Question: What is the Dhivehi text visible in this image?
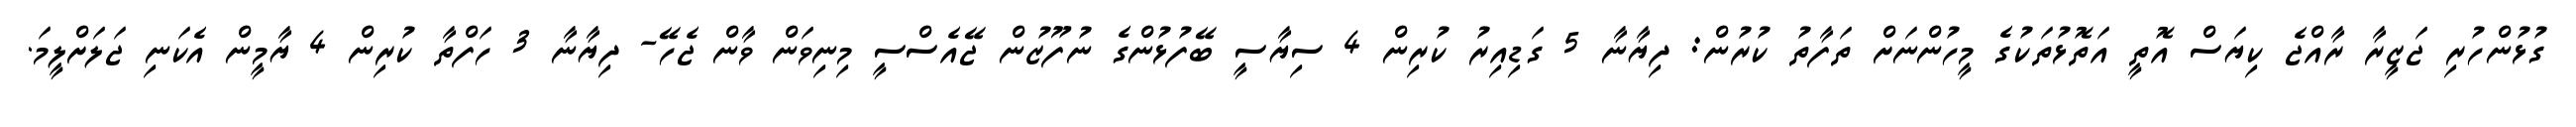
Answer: ގުޅުންހުރި ޖަޒީރާ ރާއްޖެ ކިޔަސް އޮތީ އަތޮޅުތަކުގެ މީހުންނަށް ތަފާތު ކުރުން: ދިޔާނާ 5 ގަޑިއިރު ކުރިން 4 ސިޔާސީ ބޭފުޅުންގެ ނުފޫޒުން ޖޭއެސްސީ މިނިވަން ވާން ޖެހޭ- ދިޔާނާ 3 ހަފްތާ ކުރިން 4 ޔާމީން އެކަނި ޖަލަށްލީމަ.